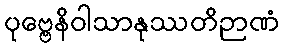
ပုဗ္ဗေနိဝါသာနုဿတိဉာဏံ